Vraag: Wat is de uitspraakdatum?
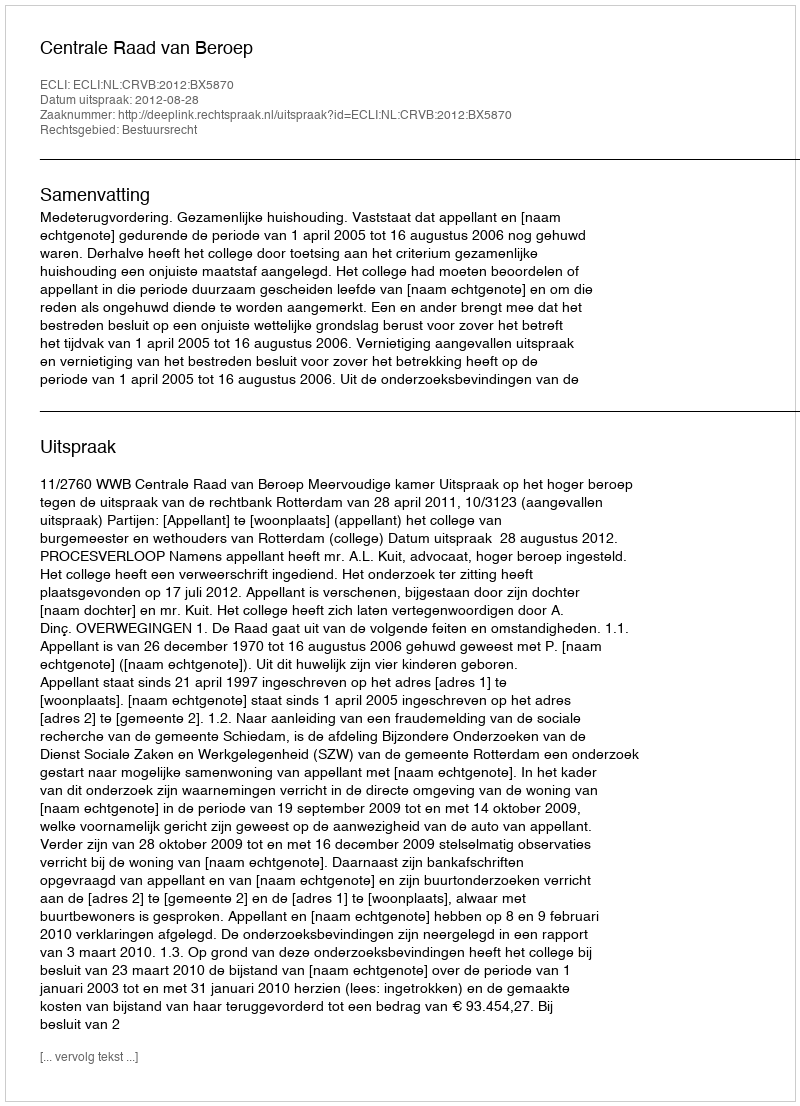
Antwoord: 2012-08-28